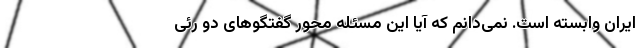
ایران وابسته است. نمی‌دانم که آیا این مسئله محور گفتگو‌های دو رئی